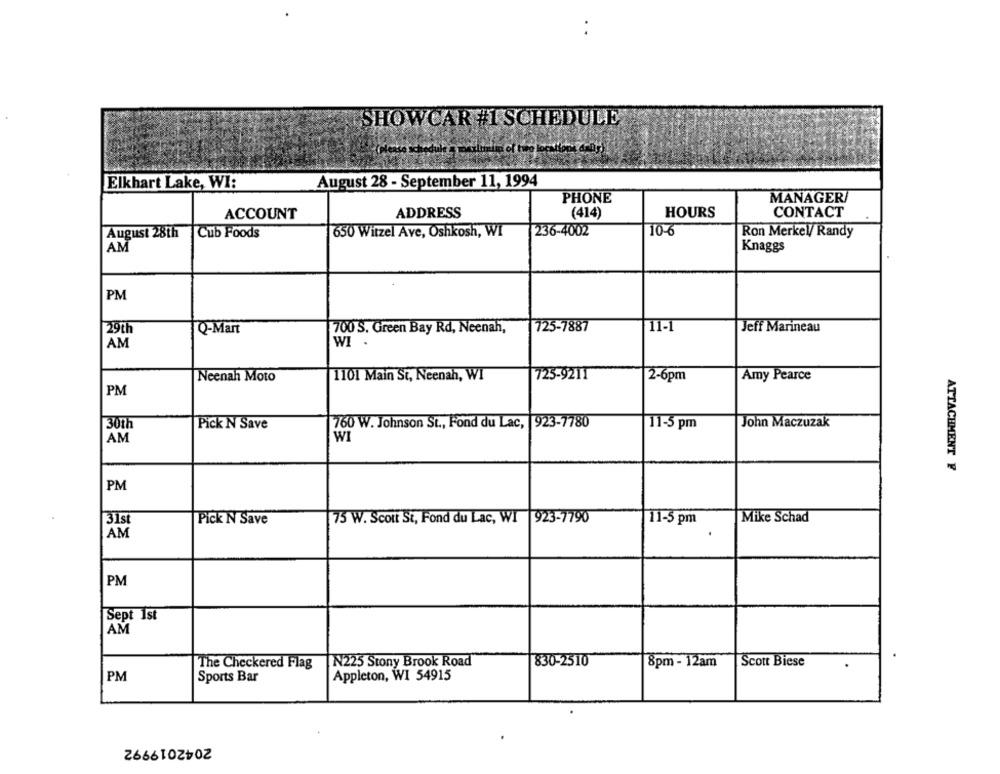
..
SHOWCAR #1 SCHEDULE
Elkhart Lake, WI:
August 28 - September 11, 1994
PHONE
MANAGER
ACCOUNT
ADDRESS
(414)
HOURS
CONTACT
650 Witzel Ave, Oshkosh, WI
236-4002
10-6
Ron Merkel/ Randy
August 28th
Cub Foods
AM
Knaggs
PM
29th
Q-Mart
700 S. Green Bay Rd, Neenah,
725-7887
11-1
Jeff Marineau
AM
WI .
Neenah Moto
1101 Main St, Neenah, WI
725-9211
2-6pm
Amy Pearce
PM
30Th
Pick N Save
760 W. Johnson St ., Fond du Lac, 923-7780
11-5 pm
John Maczuzak
AM
WI
ATTACHMENT F
PM
Mike Schad
31st
Pick N Save
75 W. Scott St, Fond du Lac, WI 923-7790
11-5 pm
AM
PM
Sept 1st
AM
The Checkered Flag
N225 Stony Brook Road
830-2510
8pm - 12am
Scott Biese
PM
Sports Bar
Appleton, WI 54915
2042019992
.